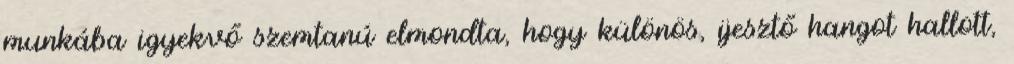
munkába igyekvő szemtanú elmondta, hogy különös, ijesztő hangot hallott,